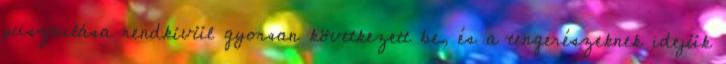
pusztulása rendkívül gyorsan következett be, és a tengerészeknek idejük